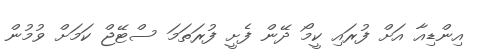
އިންޑިއާ އަށް ފުރައި ކީމޯ ދޭން ފެށީ ފުރަތަމަ ސްޓޭޖް ކަމަށް ވުމުން